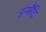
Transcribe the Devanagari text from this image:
इन्फैंट्रि